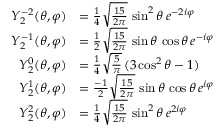
{ \begin{array} { r l } { Y _ { 2 } ^ { - 2 } ( \theta , \varphi ) } & { = { \frac { 1 } { 4 } } { \sqrt { \frac { 1 5 } { 2 \pi } } } \, \sin ^ { 2 } \theta \, e ^ { - 2 i \varphi } } \\ { Y _ { 2 } ^ { - 1 } ( \theta , \varphi ) } & { = { \frac { 1 } { 2 } } { \sqrt { \frac { 1 5 } { 2 \pi } } } \, \sin \theta \, \cos \theta \, e ^ { - i \varphi } } \\ { Y _ { 2 } ^ { 0 } ( \theta , \varphi ) } & { = { \frac { 1 } { 4 } } { \sqrt { \frac { 5 } { \pi } } } \, ( 3 \cos ^ { 2 } \theta - 1 ) } \\ { Y _ { 2 } ^ { 1 } ( \theta , \varphi ) } & { = { \frac { - 1 } { 2 } } { \sqrt { \frac { 1 5 } { 2 \pi } } } \, \sin \theta \, \cos \theta \, e ^ { i \varphi } } \\ { Y _ { 2 } ^ { 2 } ( \theta , \varphi ) } & { = { \frac { 1 } { 4 } } { \sqrt { \frac { 1 5 } { 2 \pi } } } \, \sin ^ { 2 } \theta \, e ^ { 2 i \varphi } } \end{array} }